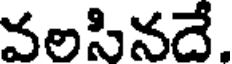
వలసినదే.